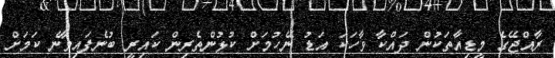
ރާއްޖޭގެ މީޑިއާތަކުން ދައްކާ ވާހަކަ އަޑު ނޭހުމަށް ކުޅުންތެރިން ކައިރީ ބުނެފައިވާނެ ކަމަށް